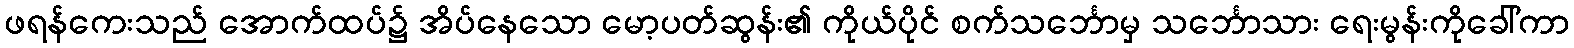
ဖရန်ကေးသည် အောက်ထပ်၌ အိပ်နေသော မော့ပတ်ဆွန်း၏ ကိုယ်ပိုင် စက်သင်္ဘောမှ သင်္ဘောသား ရေးမွန်းကိုခေါ်ကာ